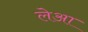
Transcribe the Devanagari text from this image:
लेआ